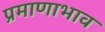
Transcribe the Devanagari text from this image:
प्रमाणाभाव